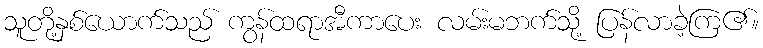
သူတို့နှစ်ယောက်သည် ကွန်ထရာအီကာပေး လမ်းမဘက်သို့ ပြန်လာခဲ့ကြ၏။